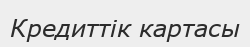
Кредиттік картасы